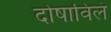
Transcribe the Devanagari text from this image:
दोषाविलं